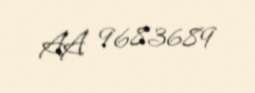
AA 9683689